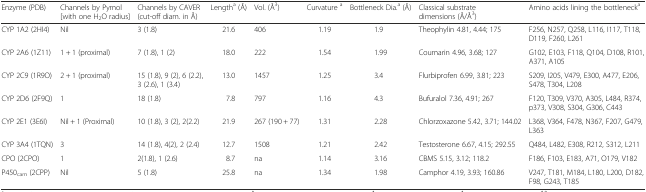
<table><thead><tr><td><b>Enzyme (PDB)</b></td><td><b>Channels by Pymol [with one H<sub>2</sub>O radius]</b></td><td><b>Channels by CAVER (cut-off diam. in Å)</b></td><td><b>Length<sup>a</sup> (Å)</b></td><td><b>Vol. (Å<sup>3</sup>)</b></td><td><b>Curvature <sup>a</sup></b></td><td><b>Bottleneck Dia.<sup>a</sup> (Å)</b></td><td><b>Classical substrate dimensions (Å/Å<sup>3</sup>)</b></td><td><b>Amino acids lining the bottleneck<sup>a</sup></b></td></tr></thead><tbody><tr><td>CYP 1A2 (2HI4)</td><td>Nil</td><td>3 (1.8)</td><td>21.6</td><td>406</td><td>1.19</td><td>1.9</td><td>Theophylin 4.81, 4.44; 175</td><td>F256, N257, Q258, L116, I117, T118, D119, F260, L261</td></tr><tr><td>CYP 2A6 (1Z11)</td><td>1 + 1 (proximal)</td><td>7 (1.8), 1 (2)</td><td>18.0</td><td>222</td><td>1.54</td><td>1.99</td><td>Coumarin 4.96, 3.68; 127</td><td>G102, E103, F118, Q104, D108, R101, A371, A105</td></tr><tr><td>CYP 2C9 (1R9O)</td><td>2 + 1 (proximal)</td><td>15 (1.8), 9 (2), 6 (2.2), 3 (2.6), 1 (3.4)</td><td>13.0</td><td>1457</td><td>1.25</td><td>3.4</td><td>Flurbiprofen 6.99, 3.81; 223</td><td>S209, I205, V479, E300, A477, E206, S478, T304, L208</td></tr><tr><td>CYP 2D6 (2F9Q)</td><td>1</td><td>18 (1.8)</td><td>7.8</td><td>797</td><td>1.16</td><td>4.3</td><td>Bufuralol 7.36, 4.91; 267</td><td>F120, T309, V370, A305, L484, R374, p373, V308, S304, G306, C443</td></tr><tr><td>CYP 2E1 (3E6I)</td><td>Nil + 1 (Proximal)</td><td>10 (1.8), 3 (2), 2(2.2)</td><td>21.9</td><td>267 (190 + 77)</td><td>1.31</td><td>2.28</td><td>Chlorzoxazone 5.42, 3.71; 144.02</td><td>L368, V364, F478, N367, F207, G479, L363</td></tr><tr><td>CYP 3A4 (1TQN)</td><td>3</td><td>14 (1.8), 4(2), 2 (2.4)</td><td>12.7</td><td>1508</td><td>1.21</td><td>2.42</td><td>Testosterone 6.67, 4.15; 292.55</td><td>Q484, L482, E308, R212, S312, L211</td></tr><tr><td>CPO (2CPO)</td><td>1</td><td>2(1.8), 1 (2.6)</td><td>8.7</td><td>na</td><td>1.14</td><td>3.16</td><td>CBMS 5.15, 3.12; 118.2</td><td>F186, F103, E183, A71, O179, V182</td></tr><tr><td>P450<sub>cam</sub> (2CPP)</td><td>Nil</td><td>5 (1.8)</td><td>25.8</td><td>na</td><td>1.34</td><td>1.98</td><td>Camphor 4.19, 3.93; 160.86</td><td>V247, T181, M184, L180, L200, D182, F98, G243, T185</td></tr></tbody></table>